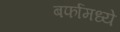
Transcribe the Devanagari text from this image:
बर्फामध्ये